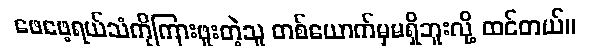
ဖေဖေ့ရယ်သံကိုကြားဖူးတဲ့သူ တစ်ယောက်မှမရှိဘူးလို့ ထင်တယ်။